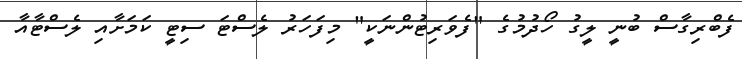
ފެބްރިގާސް ބުނީ ލީގު ހޯދުމުގެ "ފެވަރިޓުންނަކީ" މިފަހަރު ލެސްޓަ ސިޓީ ކަމަށާއި ލެސްޓާއާ